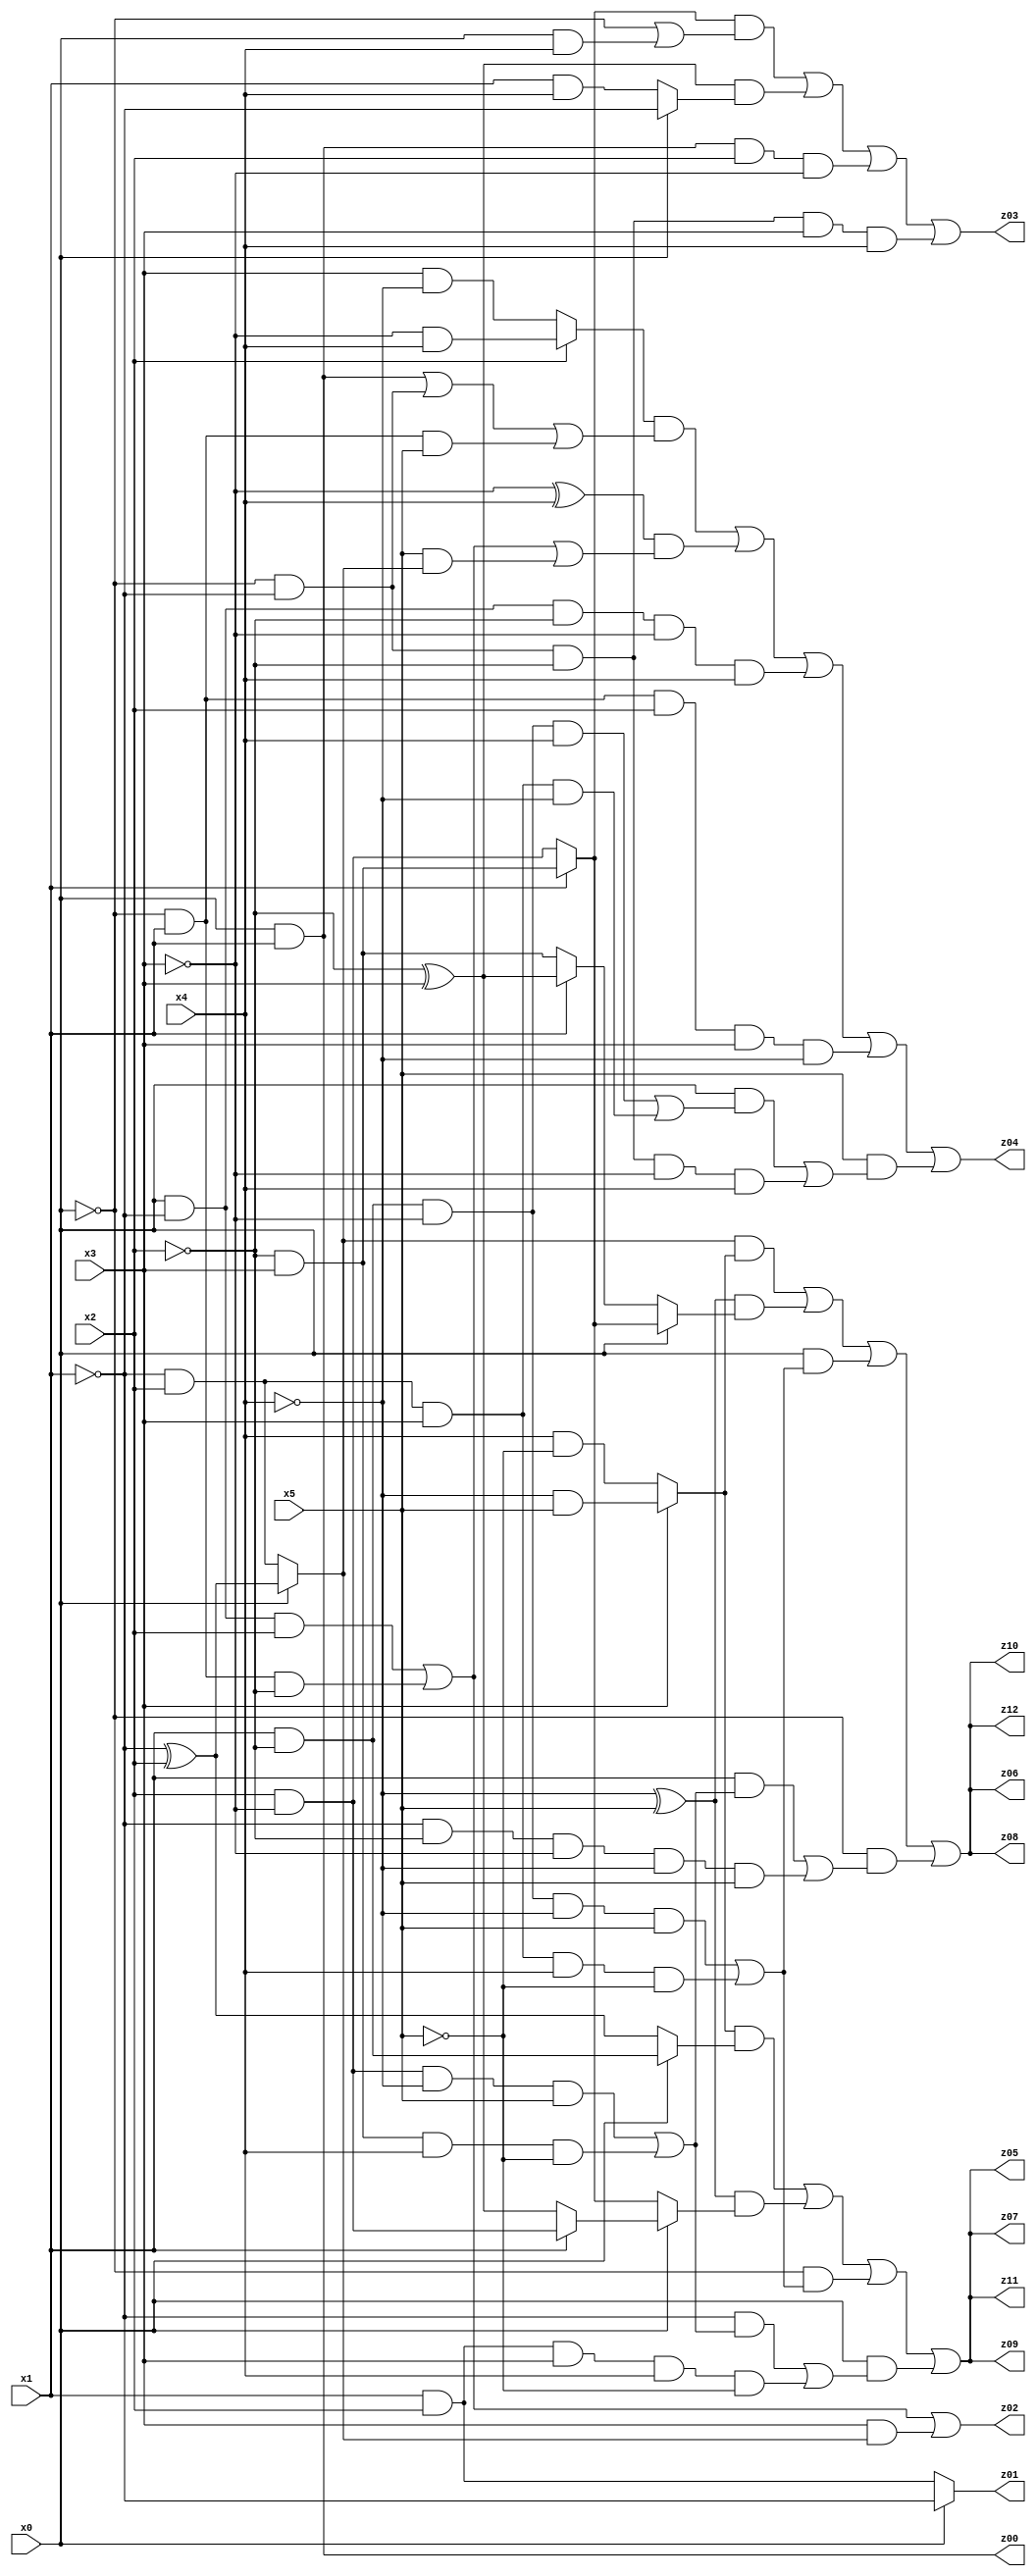
// Benchmark "q_2" written by ABC on Thu Jul 06 14:14:32 2023

module q_2 ( 
    x0, x1, x2, x3, x4, x5,
    z00, z01, z02, z03, z04, z05, z06, z07, z08, z09, z10, z11, z12  );
  input  x0, x1, x2, x3, x4, x5;
  output z00, z01, z02, z03, z04, z05, z06, z07, z08, z09, z10, z11, z12;
  assign z00 = x0 & x1;
  assign z01 = x0 ? ~x1 : (x1 & x2);
  assign z02 = (x0 & ~x1 & x2) | (~x0 & x1 & ~x2) | (x3 & (x0 ? (~x1 ^ x2) : (~x1 & x2)));
  assign z03 = ((x1 ? (~x2 & x3) : (x2 & ~x3)) & (~x0 | (x0 & x4))) | ((~x2 ^ x3) & (x0 ? ~x1 : (x1 & x4))) | (x0 & x1 & x2 & ~x3) | (~x0 & ~x1 & ~x2 & x3 & x4);
  assign z04 = ((x2 ? (~x3 & x4) : (x3 & ~x4)) & ((x0 & x1) | (~x0 & ~x1) | (~x0 & x1 & x5))) | ((~x3 ^ x4) & ((x0 & ~x1 & x2) | (~x0 & x1 & ~x2) | (x5 & (x0 ? (~x1 ^ x2) : (~x1 & x2))))) | (x0 & ~x1 & ~x2 & ~x3 & x4) | (~x0 & x1 & x2 & x3 & ~x4) | (x5 & ((x0 & ((x1 & ~x2 & ~x3 & x4) | (~x1 & x2 & x3 & ~x4))) | (~x0 & ~x1 & ~x2 & ~x3 & x4)));
  assign z05 = ((x3 ? (~x4 & x5) : (x4 & ~x5)) & (x0 ? (x1 & ~x2) : (~x1 ^ x2))) | ((~x4 ^ x5) & (x0 ? (x1 ? (x2 & ~x3) : (~x2 ^ x3)) : (x1 ? (~x2 & x3) : (x2 & ~x3)))) | (~x0 & ((x1 & ~x2 & ~x3 & ~x4 & x5) | (~x1 & x2 & x3 & x4 & ~x5))) | (x0 & ((~x1 & ((x2 & ~x3 & ~x4 & x5) | (~x2 & x3 & x4 & ~x5))) | (x1 & x2 & x3 & x4 & ~x5)));
  assign z06 = ((x0 ? (~x1 ^ x2) : (~x1 & x2)) & (x3 ? (~x4 & x5) : (x4 & ~x5))) | ((~x4 ^ x5) & (x0 ? (x1 ? (~x2 & x3) : (x2 & ~x3)) : (x1 ? (~x2 ^ x3) : (~x2 & x3)))) | (x0 & ((x1 & ~x2 & ~x3 & ~x4 & x5) | (~x1 & x2 & x3 & x4 & ~x5))) | (~x0 & ((x1 & ((x2 & ~x3 & ~x4 & x5) | (~x2 & x3 & x4 & ~x5))) | (~x1 & ~x2 & ~x3 & ~x4 & x5)));
  assign z07 = ((x3 ? (~x4 & x5) : (x4 & ~x5)) & (x0 ? (x1 & ~x2) : (~x1 ^ x2))) | ((~x4 ^ x5) & (x0 ? (x1 ? (x2 & ~x3) : (~x2 ^ x3)) : (x1 ? (~x2 & x3) : (x2 & ~x3)))) | (~x0 & ((x1 & ~x2 & ~x3 & ~x4 & x5) | (~x1 & x2 & x3 & x4 & ~x5))) | (x0 & ((~x1 & ((x2 & ~x3 & ~x4 & x5) | (~x2 & x3 & x4 & ~x5))) | (x1 & x2 & x3 & x4 & ~x5)));
  assign z08 = ((x0 ? (~x1 ^ x2) : (~x1 & x2)) & (x3 ? (~x4 & x5) : (x4 & ~x5))) | ((~x4 ^ x5) & (x0 ? (x1 ? (~x2 & x3) : (x2 & ~x3)) : (x1 ? (~x2 ^ x3) : (~x2 & x3)))) | (x0 & ((x1 & ~x2 & ~x3 & ~x4 & x5) | (~x1 & x2 & x3 & x4 & ~x5))) | (~x0 & ((x1 & ((x2 & ~x3 & ~x4 & x5) | (~x2 & x3 & x4 & ~x5))) | (~x1 & ~x2 & ~x3 & ~x4 & x5)));
  assign z09 = ((x3 ? (~x4 & x5) : (x4 & ~x5)) & (x0 ? (x1 & ~x2) : (~x1 ^ x2))) | ((~x4 ^ x5) & (x0 ? (x1 ? (x2 & ~x3) : (~x2 ^ x3)) : (x1 ? (~x2 & x3) : (x2 & ~x3)))) | (~x0 & ((x1 & ~x2 & ~x3 & ~x4 & x5) | (~x1 & x2 & x3 & x4 & ~x5))) | (x0 & ((~x1 & ((x2 & ~x3 & ~x4 & x5) | (~x2 & x3 & x4 & ~x5))) | (x1 & x2 & x3 & x4 & ~x5)));
  assign z10 = ((x0 ? (~x1 ^ x2) : (~x1 & x2)) & (x3 ? (~x4 & x5) : (x4 & ~x5))) | ((~x4 ^ x5) & (x0 ? (x1 ? (~x2 & x3) : (x2 & ~x3)) : (x1 ? (~x2 ^ x3) : (~x2 & x3)))) | (x0 & ((x1 & ~x2 & ~x3 & ~x4 & x5) | (~x1 & x2 & x3 & x4 & ~x5))) | (~x0 & ((x1 & ((x2 & ~x3 & ~x4 & x5) | (~x2 & x3 & x4 & ~x5))) | (~x1 & ~x2 & ~x3 & ~x4 & x5)));
  assign z11 = ((x3 ? (~x4 & x5) : (x4 & ~x5)) & (x0 ? (x1 & ~x2) : (~x1 ^ x2))) | ((~x4 ^ x5) & (x0 ? (x1 ? (x2 & ~x3) : (~x2 ^ x3)) : (x1 ? (~x2 & x3) : (x2 & ~x3)))) | (~x0 & ((x1 & ~x2 & ~x3 & ~x4 & x5) | (~x1 & x2 & x3 & x4 & ~x5))) | (x0 & ((~x1 & ((x2 & ~x3 & ~x4 & x5) | (~x2 & x3 & x4 & ~x5))) | (x1 & x2 & x3 & x4 & ~x5)));
  assign z12 = ((x0 ? (~x1 ^ x2) : (~x1 & x2)) & (x3 ? (~x4 & x5) : (x4 & ~x5))) | ((~x4 ^ x5) & (x0 ? (x1 ? (~x2 & x3) : (x2 & ~x3)) : (x1 ? (~x2 ^ x3) : (~x2 & x3)))) | (x0 & ((x1 & ~x2 & ~x3 & ~x4 & x5) | (~x1 & x2 & x3 & x4 & ~x5))) | (~x0 & ((x1 & ((x2 & ~x3 & ~x4 & x5) | (~x2 & x3 & x4 & ~x5))) | (~x1 & ~x2 & ~x3 & ~x4 & x5)));
endmodule